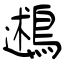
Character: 鶐